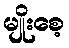
မျိုးစေ့